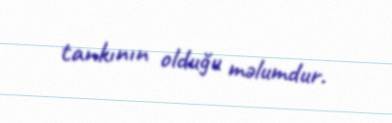
tankının olduğu məlumdur.